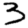
Digit: 3